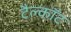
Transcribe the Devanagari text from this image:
टैल्कॉट